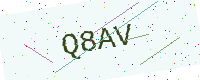
Text: Q8AV